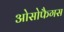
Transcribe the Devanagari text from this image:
ओसोफैगस